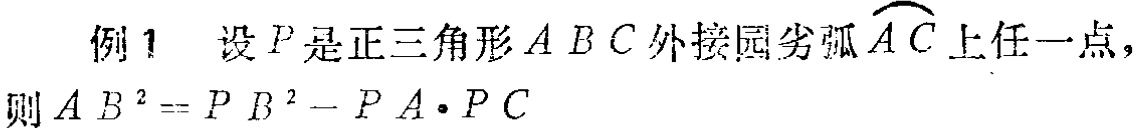
例1 设\(P\)是正三角形\(ABC\)外接园劣弧\(\overset{\frown}{AC}\)上任一点，则\(AB^{2}=PB^{2}-PA\cdot PC\)